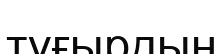
тұғырдың